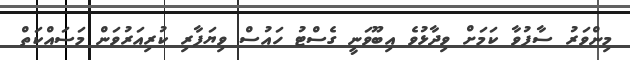
މިންވަރު ސާފުވާ ކަމަށް ވިދާޅުވެ އިބޫވަނީ ގެސްޓު ހައުސް ވިޔަފާރި ކުރިއަރުވަން މަސައްކަތް